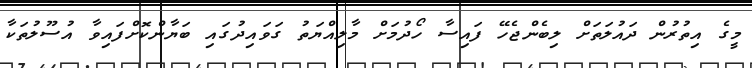
މީގެ އިތުރުން ދައުލަތަށް ލިބެންޖެހޭ ފައިސާ ހޯދުމަށް މާލިއްޔަތު ގަވައިދުގައި ބަޔާންކޮށްފައިވާ އުސޫލުތަކާ